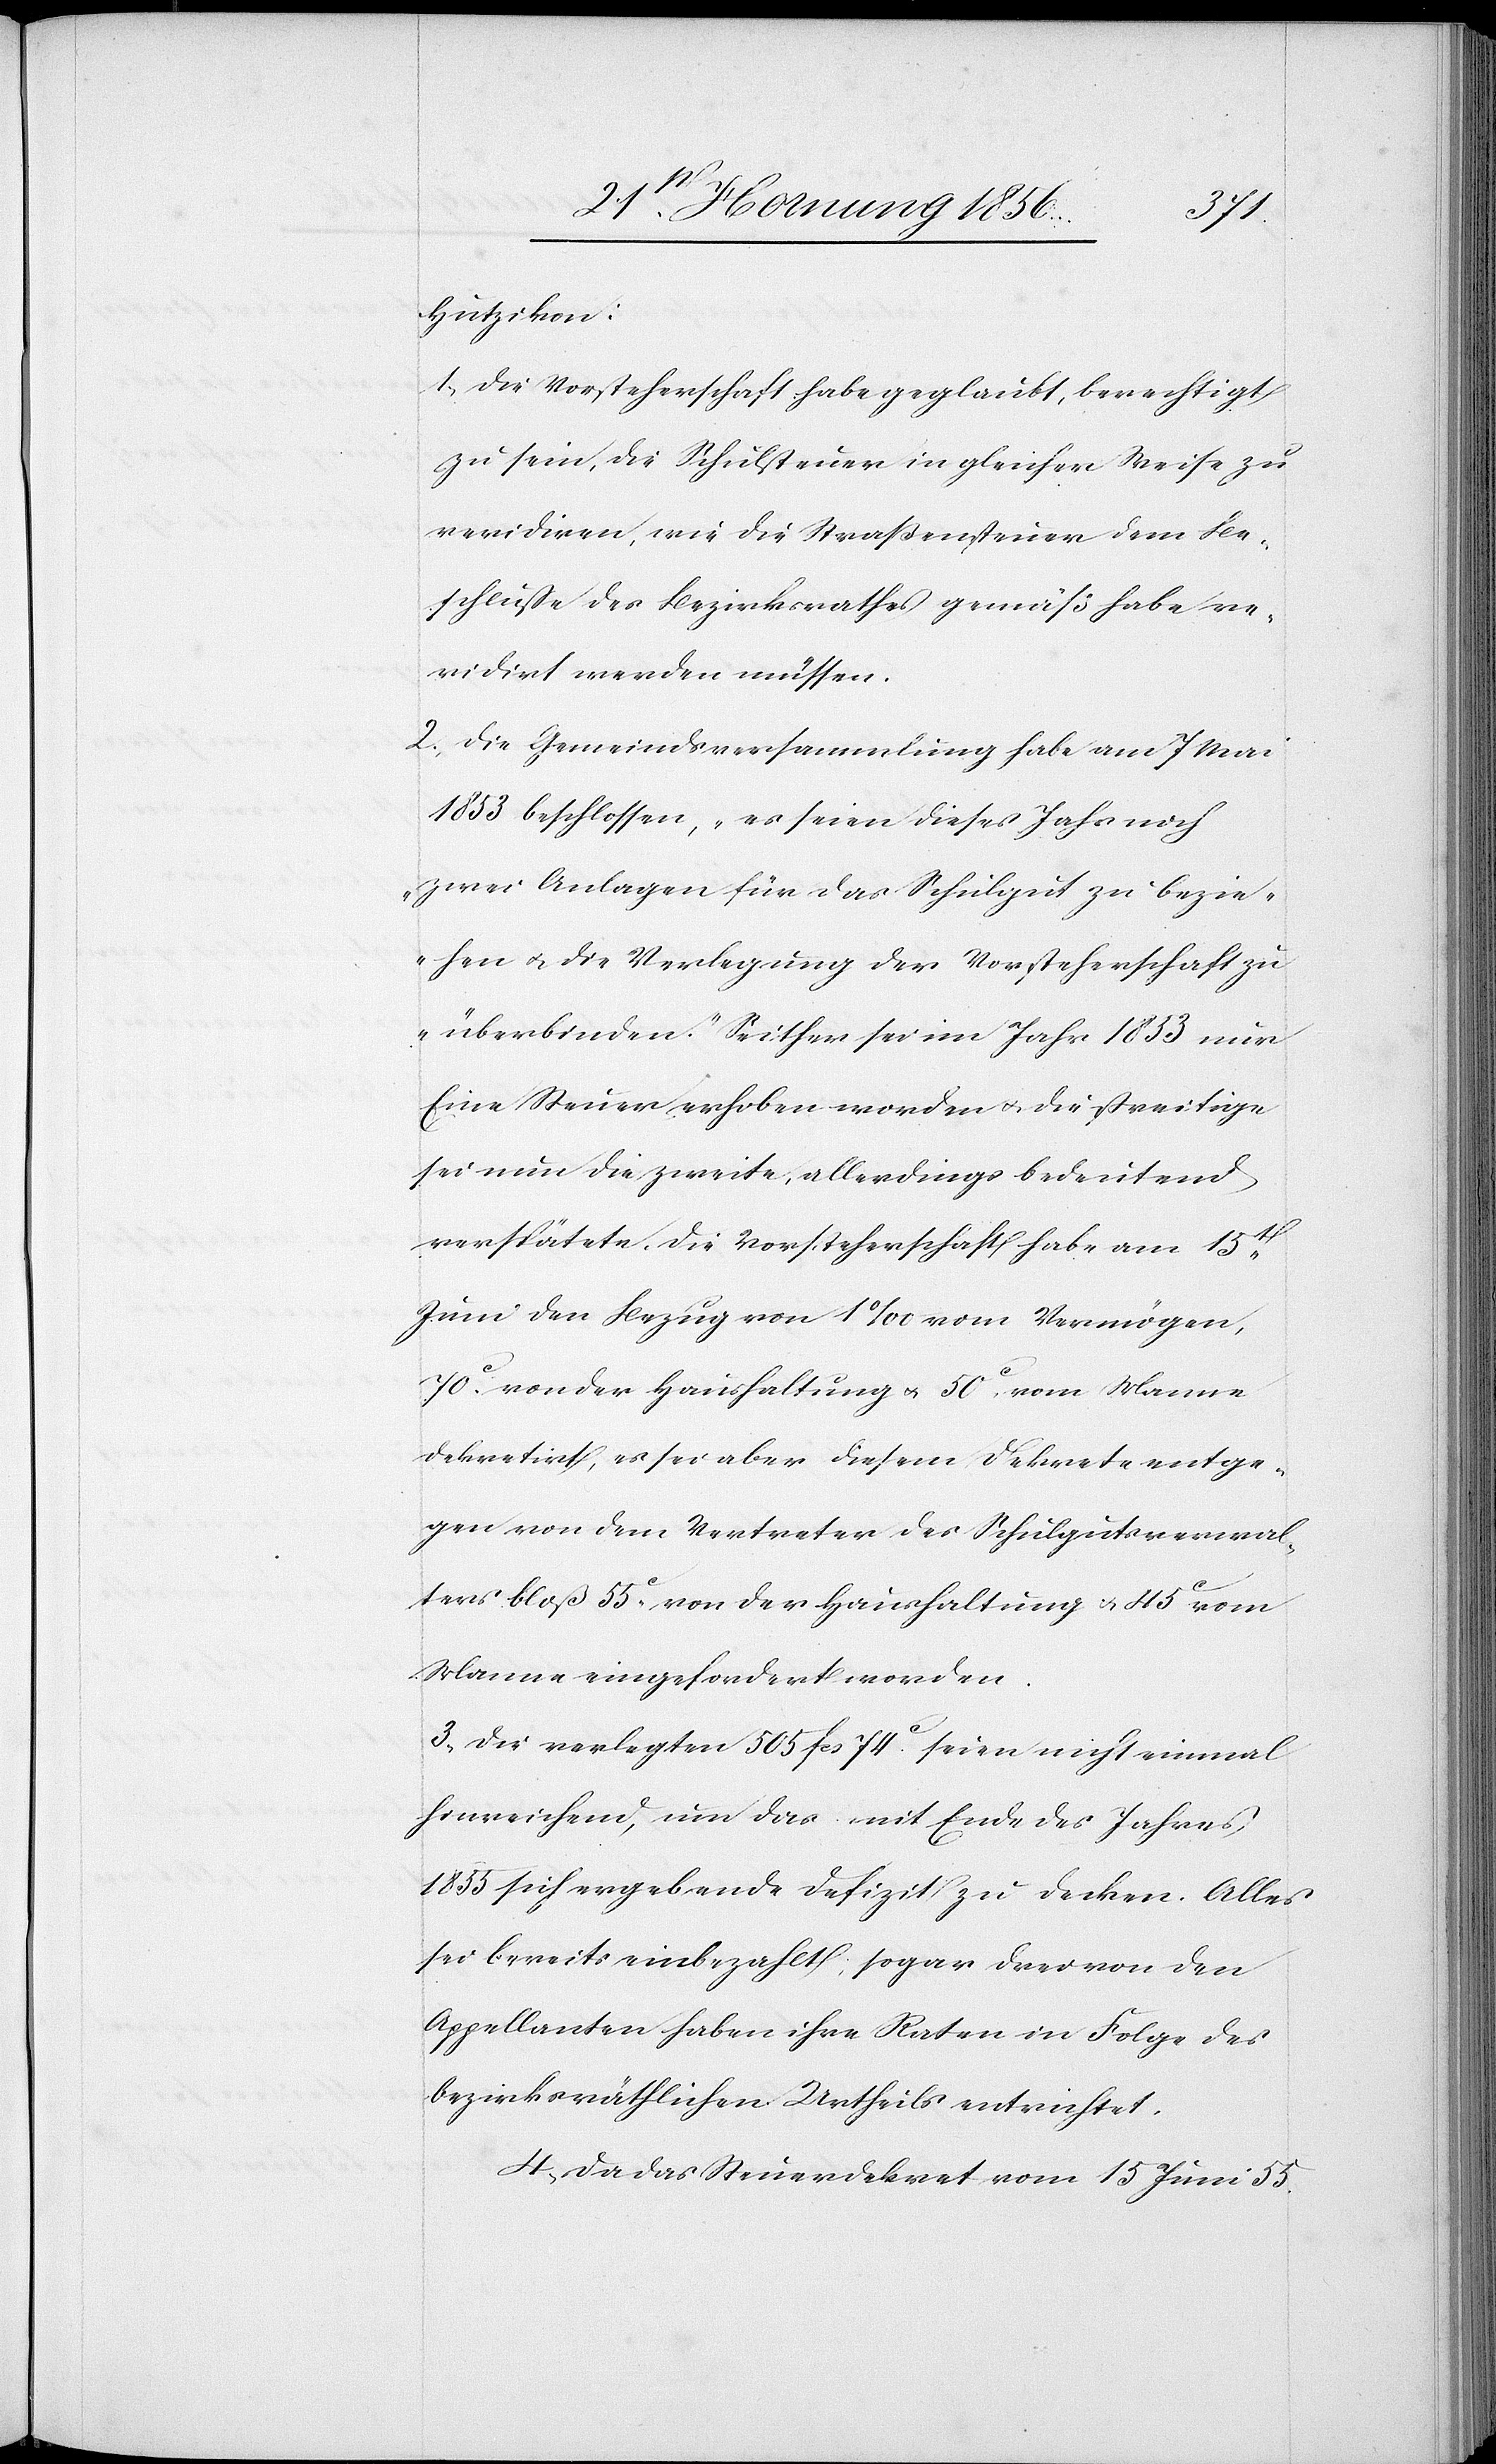
Hutzikon:
1., Die Vorsteherschaft habe geglaubt, berechtigt
zu sein, die Schulsteuer in gleicher Weise zu
revidiren, wie die Straßensteuer dem Be¬
schluße des Bezirksrathes gemäß habe re¬
vidirt werden müssen.
2., Die Gemeindsversammlung habe am 7 Mai
1853 beschlossen, „es seien dieses Jahr noch
zwei Anlagen für das Schulgut zu bezie¬
hen u. die Verlegung der Vorsteherschaft zu
überbinden.“ Seither sei im Jahr 1853 nur
Eine Steuer erhoben worden u. die streitige
sei nun die zweite, allerdings bedeutend
verspätete, die Vorsteherschaft habe am 15t
Juni der Bezug von 1‰ vom Vermögen,
70c. von der Haushaltung u. 50c. vom Manne
dekretirt, es sei aber diesem Dekrete entge¬
gen von dem Vertreter des Schulgutsverwal¬
ters bloß 55c von der Haushaltung u. 45c vom
Manne eingefordert worden.
3., Die verlegten 505 fcs 74c. seien nicht einmal
hinreichend, um das mit Ende des Jahres
1855 sich ergebende Defizit zu decken. Alles
sei bereits einbezahlt; sogar drei von den
Appellanten haben ihre Raten in Folge des
bezirksräthlichen Urtheils entrichtet.
4., Da das Steuerdekret vom 15 Juni 55.